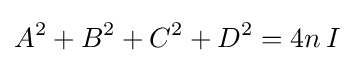
A^{2}+B^{2}+C^{2}+D^{2}=4n\,I